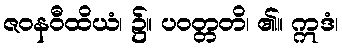
ဇဝနဝီထိယံ၊ ၌။ ပဝတ္တတိ၊ ၏။ ဣဒံ၊